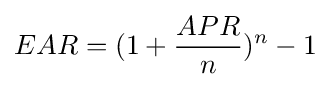
EAR=(1+{APR \over n})^{n}-1